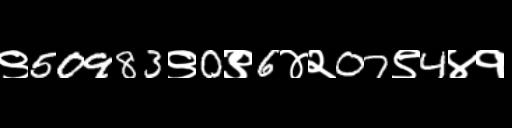
Text: ९50983९0९6४२07९4४१